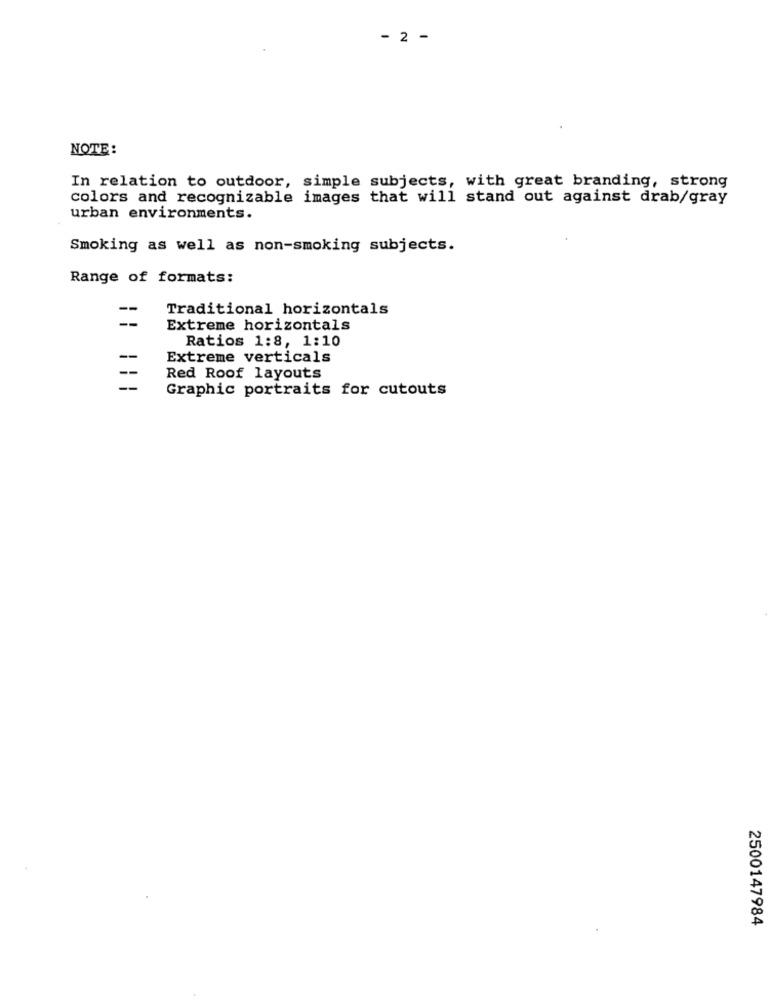
- 2 -
NOTE:
In relation to outdoor, simple subjects, with great branding, strong
colors and recognizable images that will stand out against drab/gray
urban environments.
Smoking as well as non-smoking subjects.
Range of formats:
Traditional horizontals
Extreme horizontals
Ratios 1:8, 1:10
Extreme verticals
Red Roof layouts
Graphic portraits for cutouts
2500147984